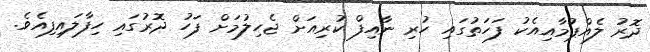
ދޮރު ލެއްޕުމާއިއެކު ފަހަތުގައި ހުރި ނާއިފް ކުރިއަށް ޖެހިލުމަށް ފަހު ދޮރުގައި ހިފާލައިފިއެވެ.